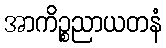
အာကိဉ္စညာယတနံ